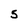
Character: 5